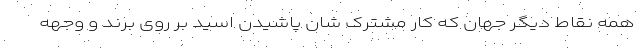
همه نقاط دیگر جهان که کار مشترک شان پاشیدن اسید بر روی برند و وجهه